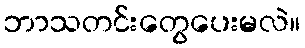
ဘာသတင်းတွေပေးမလဲ။